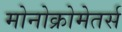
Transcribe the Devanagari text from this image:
मोनोक्रोमेतर्स